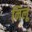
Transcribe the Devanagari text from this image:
निलू